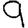
Digit: 9